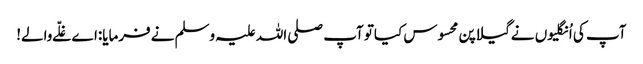
آپ کی اُنگلیوں نےگیلاپن محسوس کیاتو آپ صلی اللہ علیہ وسلم نےفرمایا:اےغلّےوالے!